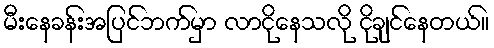
မီးနေခန်းအပြင်ဘက်မှာ လာငိုနေသလို ငိုချင်နေတယ်။